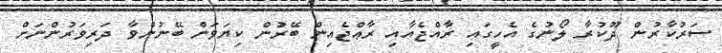
ސަރުކާރުން ދޫކުރާ ލޯނުގެ އެހީގައި ރާއްޖެއާއި ރާޢްޖެއިން ބޭރުން ކިޔަވަން ބޭނުންވާ ދަރިވަރުންނަށް